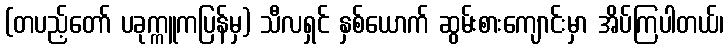
(တပည့်တော် ပခုက္ကူကပြန်မှ) သီလရှင် နှစ်ယောက် ဆွမ်းစားကျောင်းမှာ အိပ်ကြပါတယ်၊